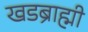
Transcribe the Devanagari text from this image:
खडब्राह्मी